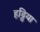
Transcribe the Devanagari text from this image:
हड्डिया